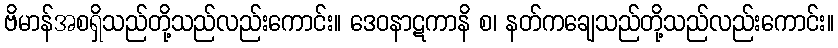
ဗိမာန်အစရှိသည်တို့သည်လည်းကောင်း။ ဒေဝနာဋကာနိ စ၊ နတ်ကချေသည်တို့သည်လည်းကောင်း။